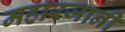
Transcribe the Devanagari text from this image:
महारजानी